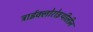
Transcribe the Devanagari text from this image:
ट्राईक्लोरोइथीलीन